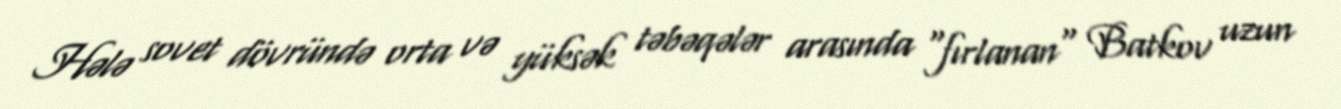
Hələ sovet dövründə orta və yüksək təbəqələr arasında "fırlanan" Batkov uzun